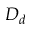
D _ { d }